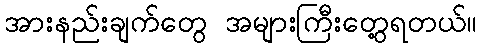
အားနည်းချက်တွေ အများကြီးတွေ့ရတယ်။